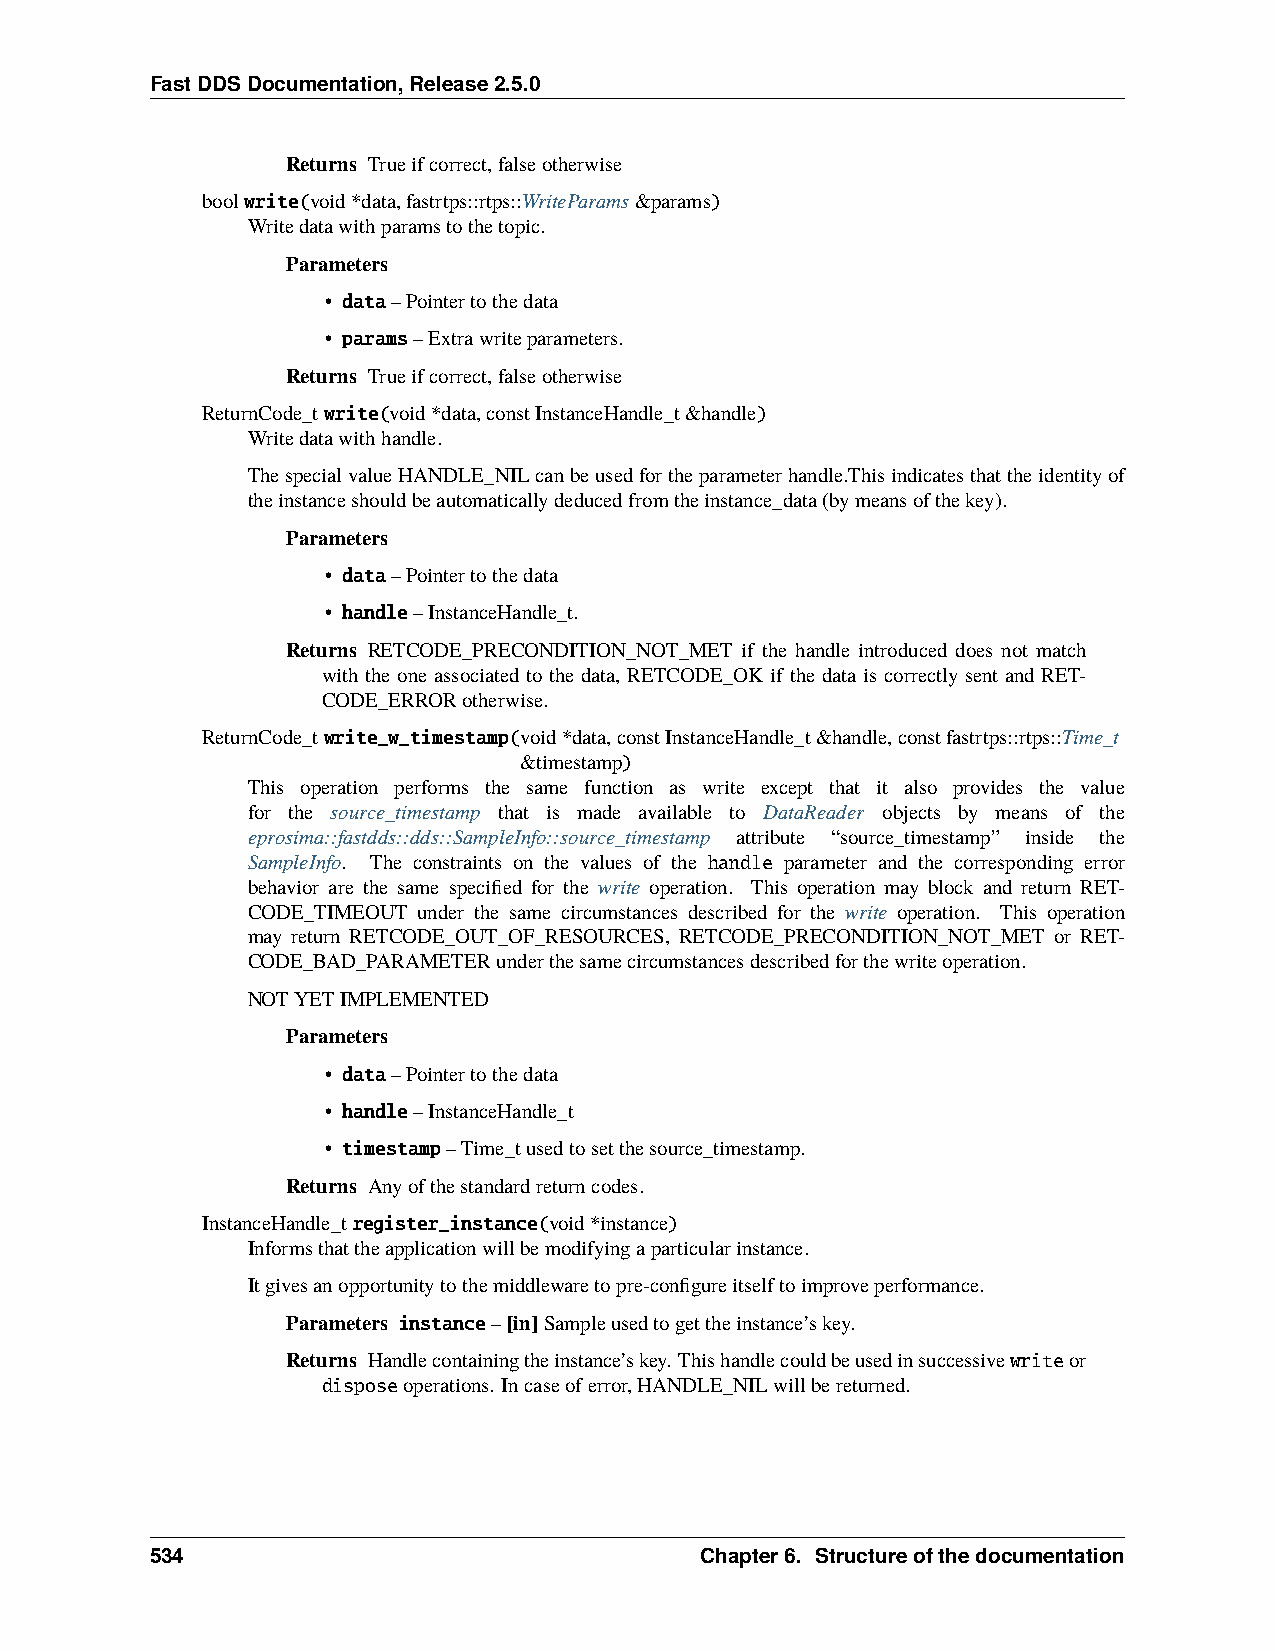
FastDDSDocumentation,Release2.5.0
 Returns Trueifcorrect,falseotherwise
 boolwrite(void*data,fastrtps::rtps::WriteParams&params)
 Writedatawithparamstothetopic.
 Parameters
 • data–Pointertothedata
 • params–Extrawriteparameters.
 Returns Trueifcorrect,falseotherwise
 ReturnCode_twrite(void*data,constInstanceHandle_t&handle)
 Writedatawithhandle.
 ThespecialvalueHANDLE_NILcanbeusedfortheparameterhandle.Thisindicatesthattheidentityof
 theinstanceshouldbeautomaticallydeducedfromtheinstance_data(bymeansofthekey).
 Parameters
 • data–Pointertothedata
 • handle–InstanceHandle_t.
 Returns RETCODE_PRECONDITION_NOT_MET if the handle introduced does not match
 with the one associated to the data, RETCODE_OK if the data is correctly sent and RET-
 CODE_ERRORotherwise.
 ReturnCode_twrite_w_timestamp(void*data,constInstanceHandle_t&handle,constfastrtps::rtps::Time_t
 &timestamp)
 This operation performs the same function as write except that it also provides the value
 for the source_timestamp that is made available to DataReader objects by means of the
 eprosima::fastdds::dds::SampleInfo::source_timestamp attribute “source_timestamp” inside the
 SampleInfo. The constraints on the values of the handle parameter and the corresponding error
 behavior are the same specified for the write operation. This operation may block and return RET-
 CODE_TIMEOUT under the same circumstances described for the write operation. This operation
 may return RETCODE_OUT_OF_RESOURCES, RETCODE_PRECONDITION_NOT_MET or RET-
 CODE_BAD_PARAMETERunderthesamecircumstancesdescribedforthewriteoperation.
 NOTYETIMPLEMENTED
 Parameters
 • data–Pointertothedata
 • handle–InstanceHandle_t
 • timestamp–Time_tusedtosetthesource_timestamp.
 Returns Anyofthestandardreturncodes.
 InstanceHandle_tregister_instance(void*instance)
 Informsthattheapplicationwillbemodifyingaparticularinstance.
 Itgivesanopportunitytothemiddlewaretopre-configureitselftoimproveperformance.
 Parameters instance–[in]Sampleusedtogettheinstance’skey.
 Returns Handlecontainingtheinstance’skey. Thishandlecouldbeusedinsuccessivewriteor
 disposeoperations. Incaseoferror,HANDLE_NILwillbereturned.
 534                                 Chapter6. Structureofthedocumentation